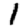
Digit: 1